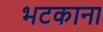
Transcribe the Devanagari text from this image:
भटकाना